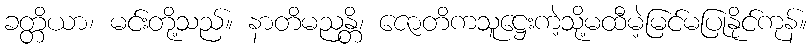
ခတ္တိယာ၊ မင်းတို့သည်။ နာတိမညန္တိ၊ ဇောတိကသူဋ္ဌေးကဲ့သို့မထီမဲ့မြင်မပြုနိုင်ကုန်။